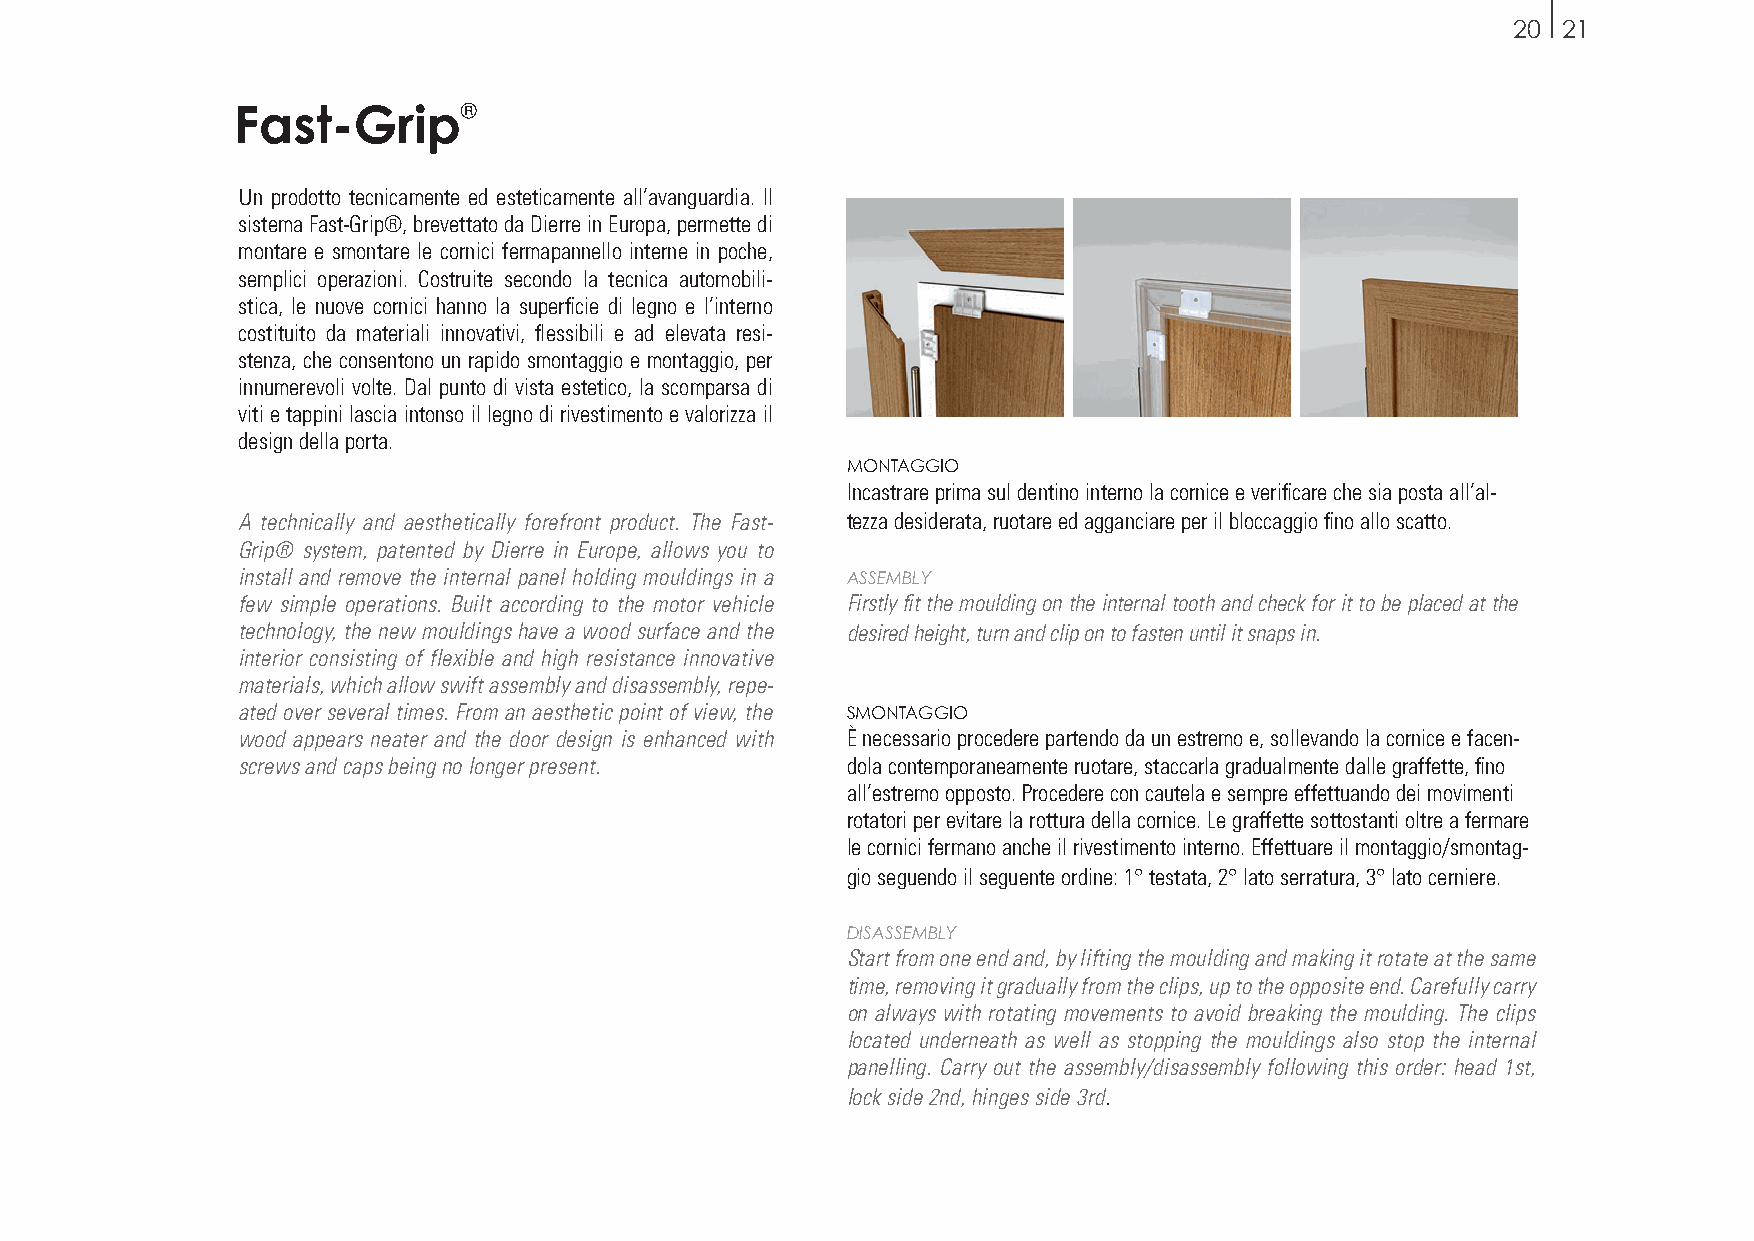
20 21
 Un prodotto tecnicamente ed esteticamente all’avanguardia. Il
 sistema Fast-Grip®, brevettato da Dierre in Europa, permette di
 montare e smontare le cornici fermapannello interne in poche,
 semplici operazioni. Costruite secondo la tecnica automobili-
 stica, le nuove cornici hanno la superficie di legno e l’interno
 costituito da materiali innovativi, flessibili e ad elevata resi-
 stenza, che consentono un rapido smontaggio e montaggio, per
 innumerevoli volte. Dal punto di vista estetico, la scomparsa di
 viti e tappini lascia intonso il legno di rivestimento e valorizza il
 design della porta.
 MONTAGGIO
 Incastrare prima sul dentino interno la cornice e verificare che sia posta all’al-
 A technically and aesthetically forefront product. The Fast- tezza desiderata, ruotare ed agganciare per il bloccaggio fino allo scatto.
 Grip® system, patented by Dierre in Europe, allows you to
 install and remove the internal panel holding mouldings in a ASSEMBLY
 few simple operations. Built according to the motor vehicle Firstly fit the moulding on the internal tooth and check for it to be placed at the
 technology, the new mouldings have a wood surface and the desired height, turn and clip on to fasten until it snaps in.
 interior consisting of flexible and high resistance innovative
 materials, which allow swift assembly and disassembly, repe-
 ated over several times. From an aesthetic point of view, the SMONTAGGIO
 wood appears neater and the door design is enhanced with È necessario procedere partendo da un estremo e, sollevando la cornice e facen-
 screws and caps being no longer present. dola contemporaneamente ruotare, staccarla gradualmente dalle graffette, fino
 all’estremo opposto. Procedere con cautela e sempre effettuando dei movimenti
 rotatori per evitare la rottura della cornice. Le graffette sottostanti oltre a fermare
 le cornici fermano anche il rivestimento interno. Effettuare il montaggio/smontag-
 gio seguendo il seguente ordine: 1° testata, 2° lato serratura, 3° lato cerniere.
 DISASSEMBLY
 Start from one end and, by lifting the moulding and making it rotate at the same
 time, removing it gradually from the clips, up to the opposite end. Carefully carry
 on always with rotating movements to avoid breaking the moulding. The clips
 located underneath as well as stopping the mouldings also stop the internal
 panelling. Carry out the assembly/disassembly following this order: head 1st,
 lock side 2nd, hinges side 3rd.